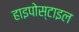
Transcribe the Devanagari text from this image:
हाइपोस्टाइल